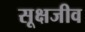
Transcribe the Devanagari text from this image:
सूक्षजीव